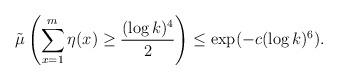
LaTeX: \begin{align*}\tilde \mu\left( \sum_{x=1}^m \eta(x)\ge \frac{(\log k)^4}{2}\right)\le \exp(- c (\log k)^6).\end{align*}